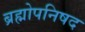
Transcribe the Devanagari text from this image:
ब्रह्मोपनिषद